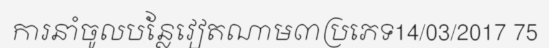
ការនាំចូលបន្លែវៀតណាម៣ប្រភេទ14/03/2017 75